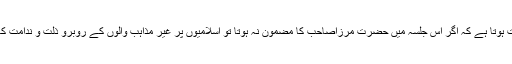
’’حق تو یہ ثابت ہوتا ہے کہ اگر اس جلسہ میں حضرت مرزاصاحب کا مضمون نہ ہوتا تو اسلامیوں پر غیر مذاہب والوں کے روبرو ذلت و ندامت کا قشقہ لگتا ہے۔